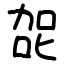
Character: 㖙